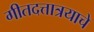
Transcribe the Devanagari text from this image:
गीतदत्तात्रयाचे